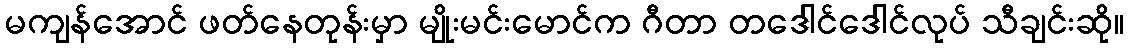
မကျန်အောင် ဖတ်နေတုန်းမှာ မျိုးမင်းမောင်က ဂီတာ တဒေါင်ဒေါင်လုပ် သီချင်းဆို။